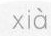
xià